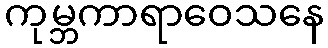
ကုမ္ဘကာရာဝေသနေ